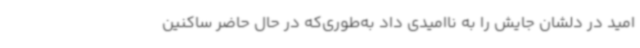
امید در دلشان جایش را به ناامیدی داد به‌طوری‌که در حال حاضر ساکنین